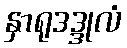
နှာရုဒဒ္ဒုလံ